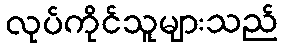
လုပ်ကိုင်သူများသည်